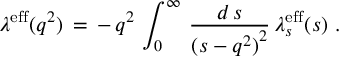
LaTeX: \lambda ^ { \mathrm { e f f } } ( q ^ { 2 } ) \, = \, - \, q ^ { 2 } \, \int _ { 0 } ^ { \infty } \, \frac { d \, s } { { ( s - q ^ { 2 } ) } ^ { 2 } } \, \lambda _ { s } ^ { \mathrm { e f f } } ( s ) \, \, .